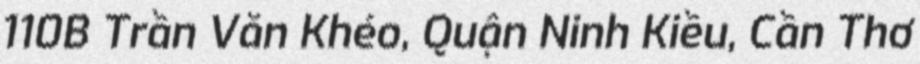
110B Trần Văn Khéo, Quận Ninh Kiều, Cần Thơ